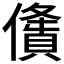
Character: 𠏤